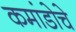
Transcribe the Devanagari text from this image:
कमांडोचे